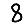
Digit: 8